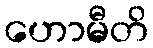
ဟောမီတိ